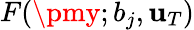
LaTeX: F(\pmy;b_{j},\mathbf{u}_{T})